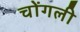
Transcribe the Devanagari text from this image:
चोंगली